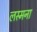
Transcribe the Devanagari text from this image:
लस्मना